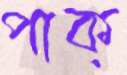
পাক্‌